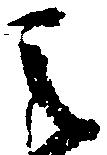
之